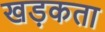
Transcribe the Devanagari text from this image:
खड़कता